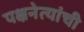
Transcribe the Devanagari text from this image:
पक्षनेत्यांची